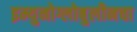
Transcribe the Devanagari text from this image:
इम्युनोग्लोबुलीनचा